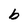
Character: b